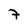
Character: 7